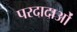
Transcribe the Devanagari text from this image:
परदादाओं